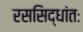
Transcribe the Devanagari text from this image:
रससिद्धांतः